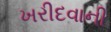
ખરીદવાની